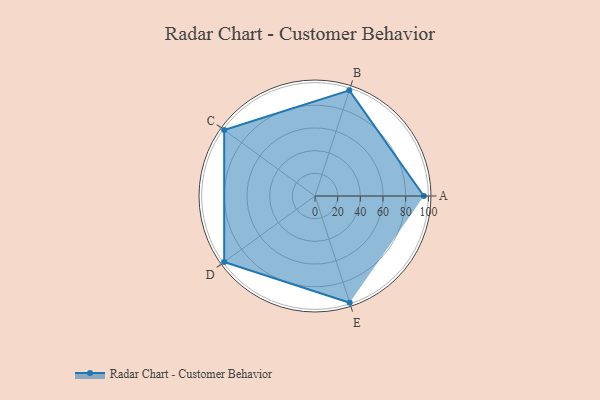
{"axis": {"x": "Skill", "y": "Score"}, "legend": ["Profile"], "data": [{"x": "A", "y": 96.0, "type": "Profile"}, {"x": "B", "y": 98.0, "type": "Profile"}, {"x": "C", "y": 99, "type": "Profile"}, {"x": "D", "y": 99, "type": "Profile"}, {"x": "E", "y": 99, "type": "Profile"}]}